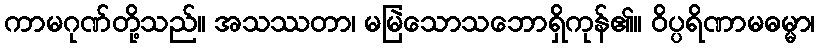
ကာမဂုဏ်တို့သည်။ အသဿတာ၊ မမြဲသောသဘောရှိကုန်၏။ ဝိပ္ပရိဏာမဓမ္မာ၊